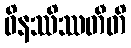
ဝိနဿိဿတီတိ